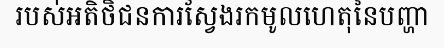
របស់អតិថិជនការស្វែងរកមូលហេតុនៃបញ្ហា